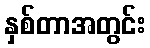
နှစ်တာအတွင်း